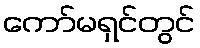
ကော်မရှင်တွင်